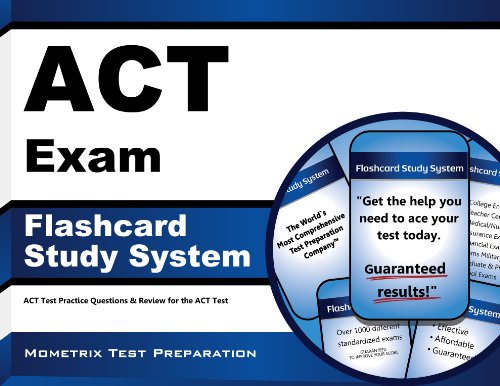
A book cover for ACT Exam Flashcard Study System: ACT Test Practice Questions & Review for the ACT Test (Cards); ACT Exam Secrets Test Prep Team; Test Preparation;